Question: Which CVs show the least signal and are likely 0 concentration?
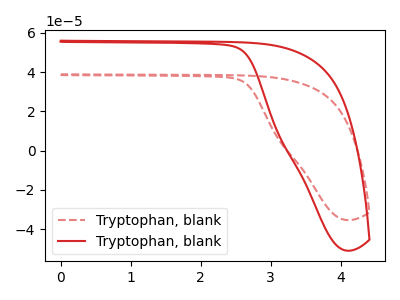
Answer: <think>The red dashed curve "Tryptophan, blank1" has no peaks. The red curve "Tryptophan, blank2" has no peaks.</think>
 <answer>"Tryptophan, blank1" and "Tryptophan, blank2" are likely to be blanks.</answer>
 <eval>"Tryptophan, blank1", "Tryptophan, blank2"</eval>